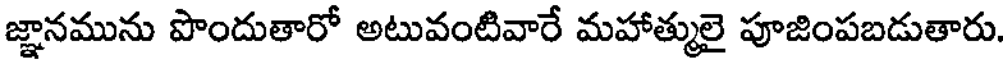
జ్ఞానమును పొందుతారో అటువంటివారే మహాత్ములై పూజింపబడుతారు.